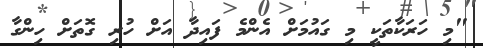
"މި ހަރަކާތަކީ މި ގައުމަށް އެންމެ ފައިދާ އަށް ހުރި ގޮތަށް ހިންގާ